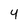
Character: 4